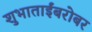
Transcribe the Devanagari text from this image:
शुभाताईंबरोबर